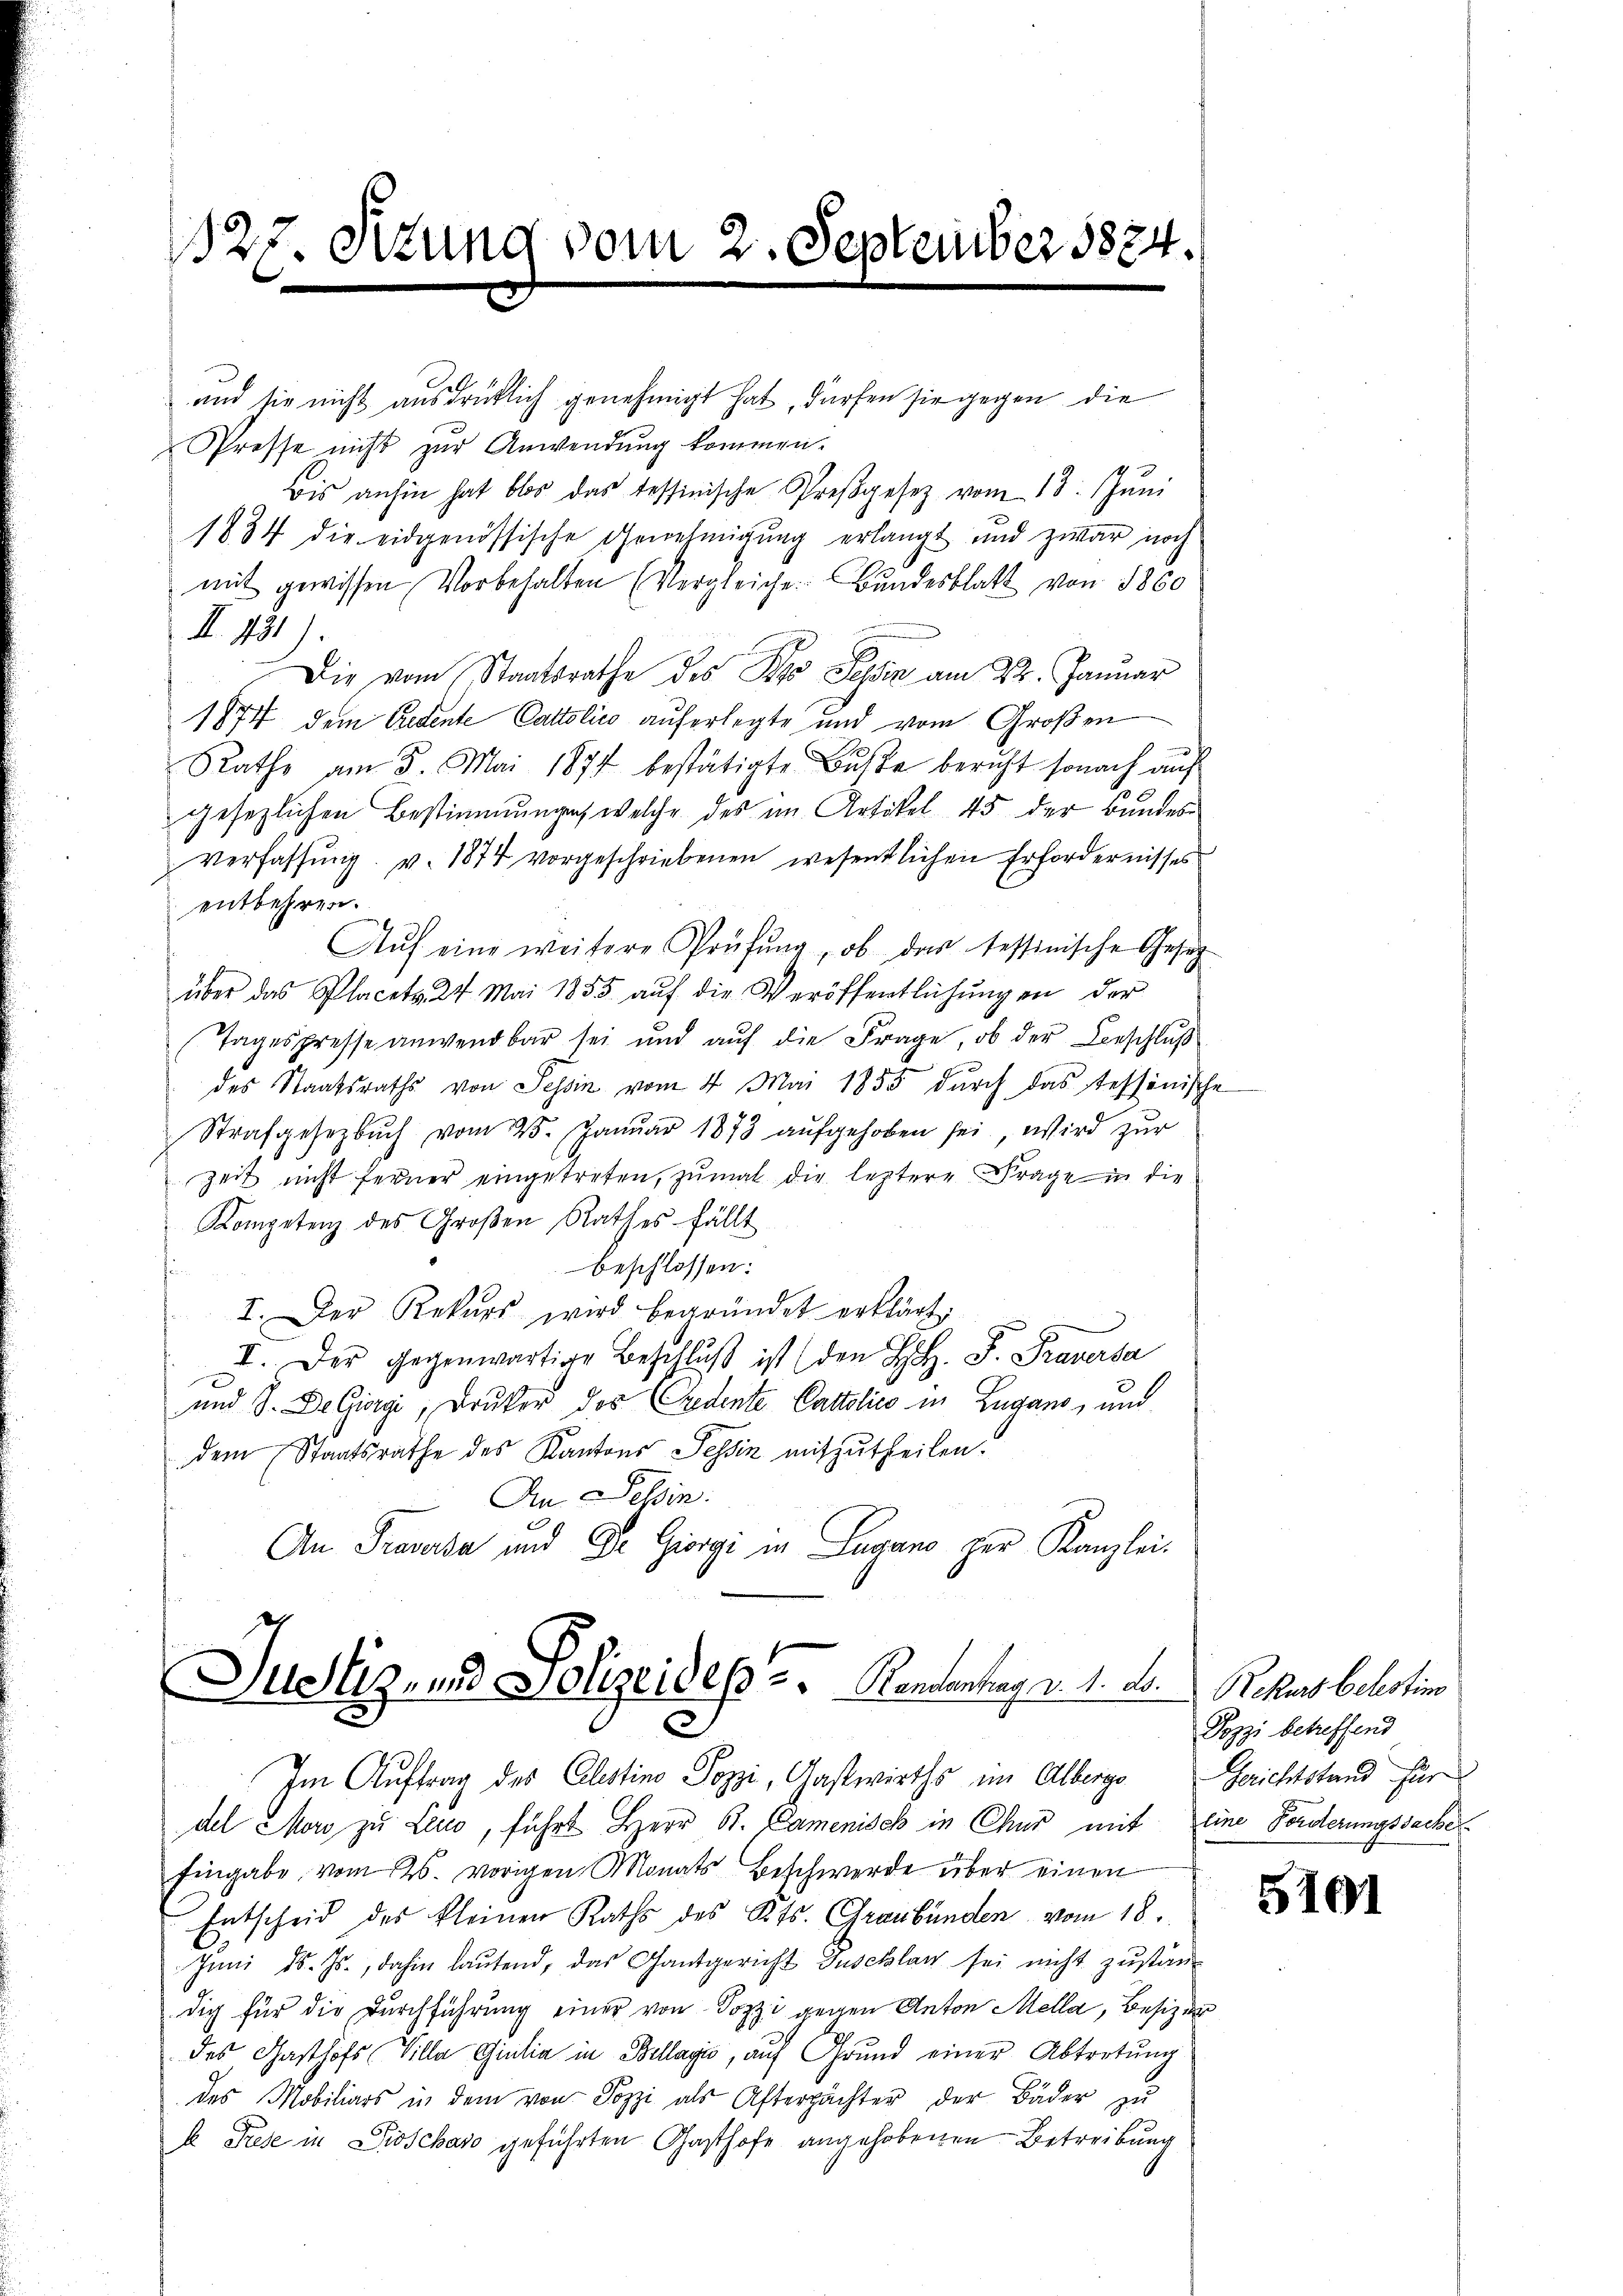
127. Ottung vom 2. September 1874.

und sie nicht ausdrücklich genehmigt hat, dürfen sie gegen die
Presse nicht zur Anwendung kommen.
bis anhin hat blos das Tessinische Preßgesetz vom 18. Jŭni
1884 die eidgenössische Genehmigung erlangt und zwar noch
mit gewissen Vorbehalten (Vergleiche Bundesblatt von 1860
I. 431).
Die vom Staatsrathe des Pro Sehen am 24. Januar
1874 dem Gedente Cattolico auferlegte und vom Großen
Rathe am 5. Mai 1874 bestätigte Bŭsse beruht sonach auf
gesezlichen Bestimmungen, welche des im Artikel 45 der Bandes¬
Verfassung. v. 1874 vorgeschriebenen wesentlichen Erfordernisses
entbehren.
Aŭf eine weitere Prüfŭng, ob das tessinische Gesetz
über das Placetz. 24. Mai 1855 aŭf die Veröffentlichŭngen der
Tagespresse anwendbar sei und auf die Frage, ob der Beschluß
des Staatsraths von Tessin vom 4. Mai 1855 durch das tessinische
Strafgesetzbuch vom 25. Januar 1873 aufgehoben sei, wird zur
zeit nicht ferner eingetreten, zŭmal die leztere Frage in die
Kompetenz des Großen Rathes fällt
beschlossen:
I. Der Rekurs wird begründet erklärt.
V. Der gegenwärtige Beschlŭβ ist (den H. F. Fraversa
und J. De Giorgi, Druker dos (Gredente Cattolico in Lugano, und
dem Staatsrathe des Kantons Tessin mitzutheilen.
An Schin
An Frevuta und Dr. Giorgi in Lugano der Kanzlei-
Justiz- und Polizeides Randentrag a. 1. A. Rekurs belestins

2

Im Auftrag des Clestino Pozzi, Gastwirths im Alberge Gerichtstand für
del Mord zu Leid, führt Herr R. Camenisch in Chur mit Eine Forderungssache
Eingabe vom 26. vorigen Monats Beschwerde über einen
Entscheid des kleinen Raths des Kts. Graubünden vom 18.
Juni d. Js., dahin laŭtend, das Gantgericht Zuschlag sei nicht zŭständ
dig für die Durchführung einer von Pozzi gegen Anton Mella, Besizer
des Gasthofs Villa Giulia in Bellagić, auf Grund einer Abtretung
des Mobiliars in dem von Pozzi als Asterpächter der Bäder zu
A Prese in Droschaso geführten Gasthofe angehobenen Betreibung

Pozzi betreffend

5101